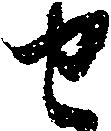
せ